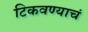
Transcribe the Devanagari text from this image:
टिकवण्याचं